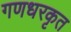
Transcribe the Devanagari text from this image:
गणधरकृत